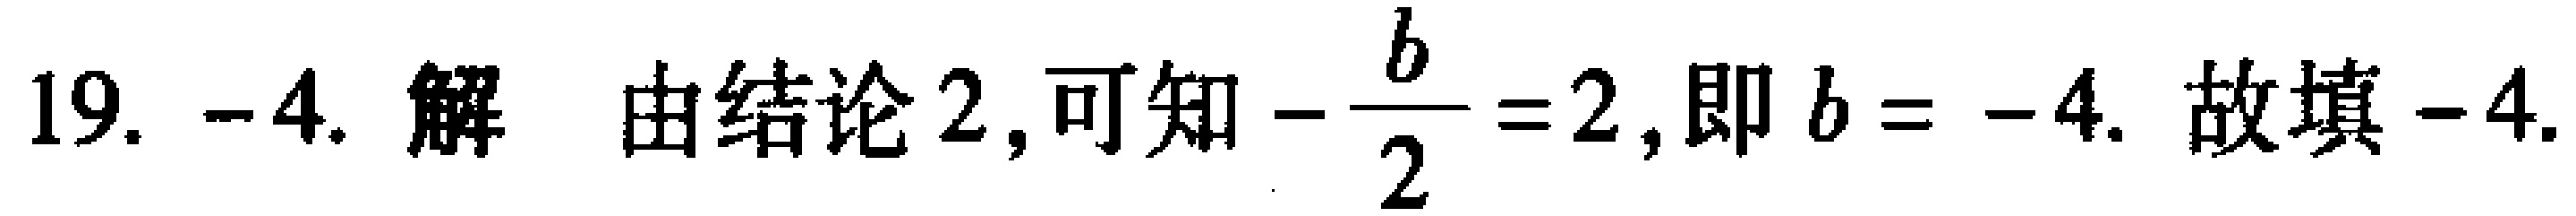
19. -4. 解 由结论2, 可知\(-\frac{b}{2}=2\), 即\(b = -4\). 故填\(-4\).